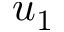
u _ { 1 }